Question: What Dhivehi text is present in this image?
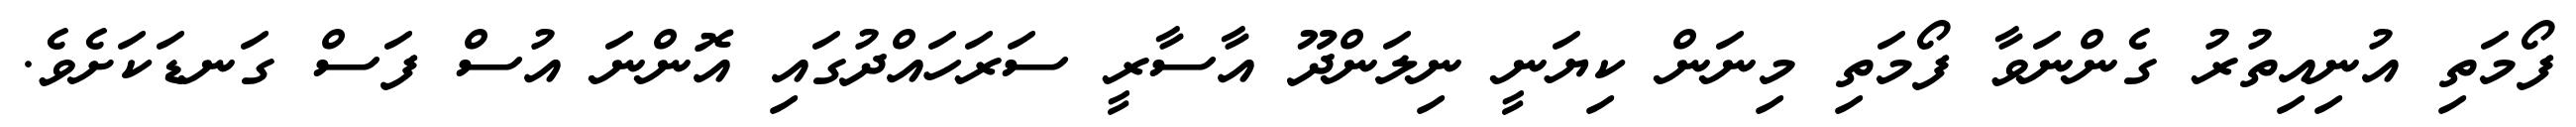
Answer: ފޯމަތި އުނިއިތުރު ގެންނަވާ ފޯމަތި މިނަން ކިޔަނީ ނިލަންދޫ އާސާރީ ސަރަހައްދުގައި އޮންނަ އުސް ފަސް ގަނޑަކަށެވެ.